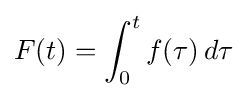
F(t)=\int _{0}^{t}f(\tau )\,d\tau \!